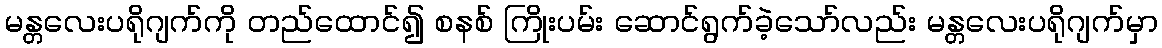
မန္တလေးပရိုဂျက်ကို တည်ထောင်၍ စနစ် ကြိုးပမ်း ဆောင်ရွက်ခဲ့သော်လည်း မန္တလေးပရိုဂျက်မှာ